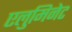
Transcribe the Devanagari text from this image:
एलुमिनेट